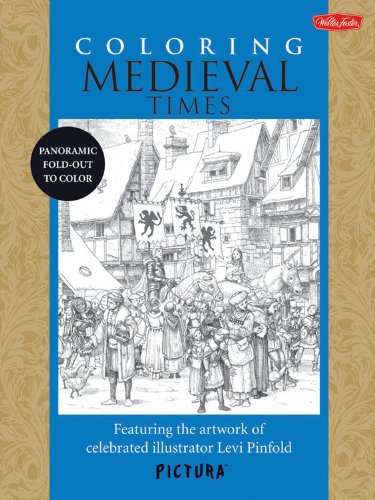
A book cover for Coloring Medieval Times: Featuring the artwork of celebrated illustrator Levi Pinfold (PicturaTM); Levi Pinfold; Arts & Photography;